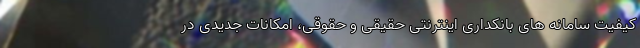
کیفیت سامانه های بانکداری اینترنتی حقیقی و حقوقی، امکانات جدیدی در